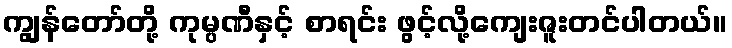
ကျွန်တော်တို့ ကုမ္ပဏီနှင့် စာရင်း ဖွင့်လို့ကျေးဇူးတင်ပါတယ်။